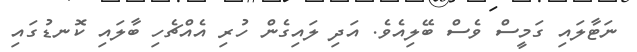
ނަޓާލައި ގަމީސް ވެސް ބޭލިއެވެ. އަދި ލައިގެން ހުރި އެއްޗެހި ބާލައި ކޮނޑުގައި